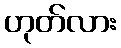
ဟုတ်လား